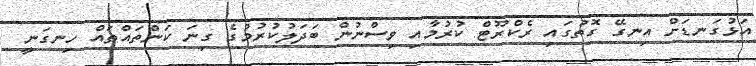
އަޅުގަނޑަށް އިނގޭ ގޮތުގައި ރެކްރޫޓް ކުރުމާއި ވިސްނުން ބަދަލުކުރުމުގެ ގިނަ ކަންތައްތައް ހިނގަނީ